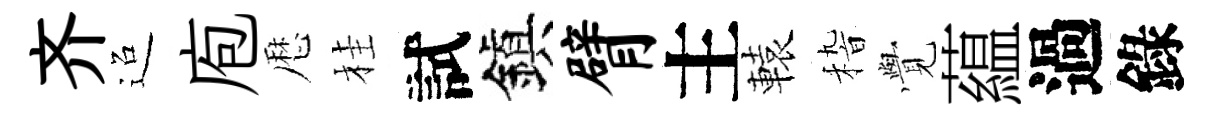
齐迢庖厯桂試鎭臂主轅𥟵𮗜藴過錄